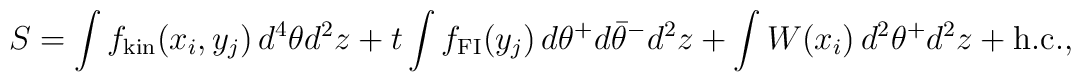
S=\int f_{\rm kin}(x_i,y_j)\,d^4\theta d^2z	+t\int f_{\rm FI}(y_j)\,d\theta^+d\bar\theta^-d^2z	+\int W(x_i)\,d^2\theta^+d^2z + \hbox{h.c.},